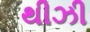
થીઝી